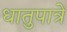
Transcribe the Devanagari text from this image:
धातुपात्रें